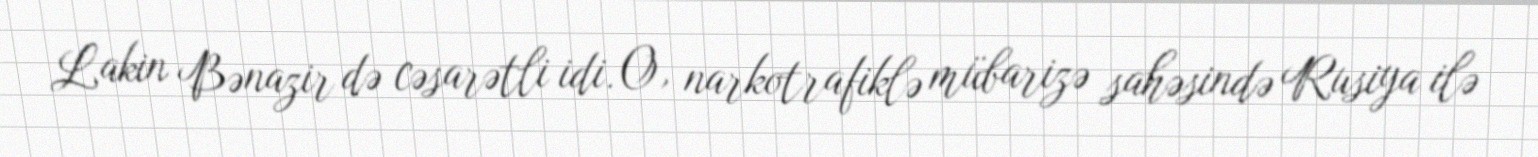
Lakin Bənazir də cəsarətli idi. O, narkotrafiklə mübarizə sahəsində Rusiya ilə